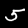
Label: 5